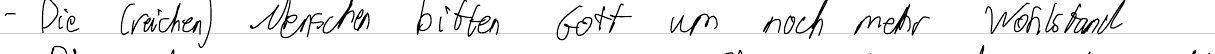
- Die (reichen) Menschen bitten Gott um noch mehr Wohlstand